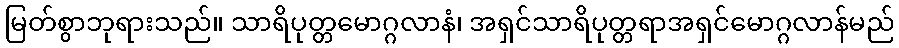
မြတ်စွာဘုရားသည်။ သာရိပုတ္တမောဂ္ဂလာနံ၊ အရှင်သာရိပုတ္တရာအရှင်မောဂ္ဂလာန်မည်